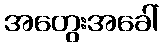
အတွေးအခေါ်